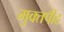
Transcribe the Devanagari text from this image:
मुक्‍तपीठ